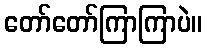
တော်တော်ကြာကြာပဲ။